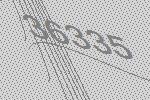
36335